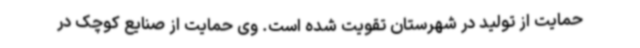
حمایت از تولید در شهرستان تقویت شده است. وی حمایت از صنایع کوچک در